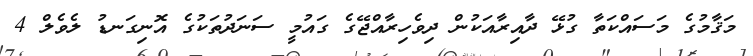
މަޤާމުގެ މަސައްކަތާ ގުޅޭ ދާއިރާއަކުން ދިވެހިރާއްޖޭގެ ގައުމީ ސަނަދުތަކުގެ އޮނިގަނޑު ލެވެލް 4